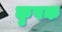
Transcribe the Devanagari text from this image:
कृषक